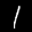
Label: 1